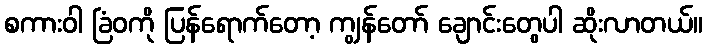
စကားဝါ ခြံဝကို ပြန်ရောက်တော့ ကျွန်တော် ချောင်းတွေပါ ဆိုးလာတယ်။